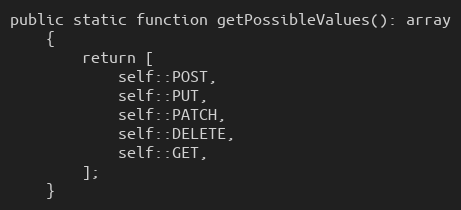
Language: PHP
public static function getPossibleValues(): array
    {
        return [
            self::POST,
            self::PUT,
            self::PATCH,
            self::DELETE,
            self::GET,
        ];
    }